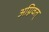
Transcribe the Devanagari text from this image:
अग्निवत्